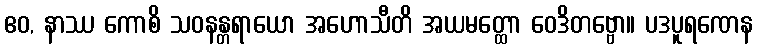
ဧဝ, နာဿ ကောစိ သဝနန္တရာယော အဟောသီတိ အယမတ္ထော ဝေဒိတဗ္ဗော။ ပဒပူရဏေန